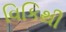
વિકિથી